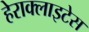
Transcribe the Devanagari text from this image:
हेराक्लाइटेस